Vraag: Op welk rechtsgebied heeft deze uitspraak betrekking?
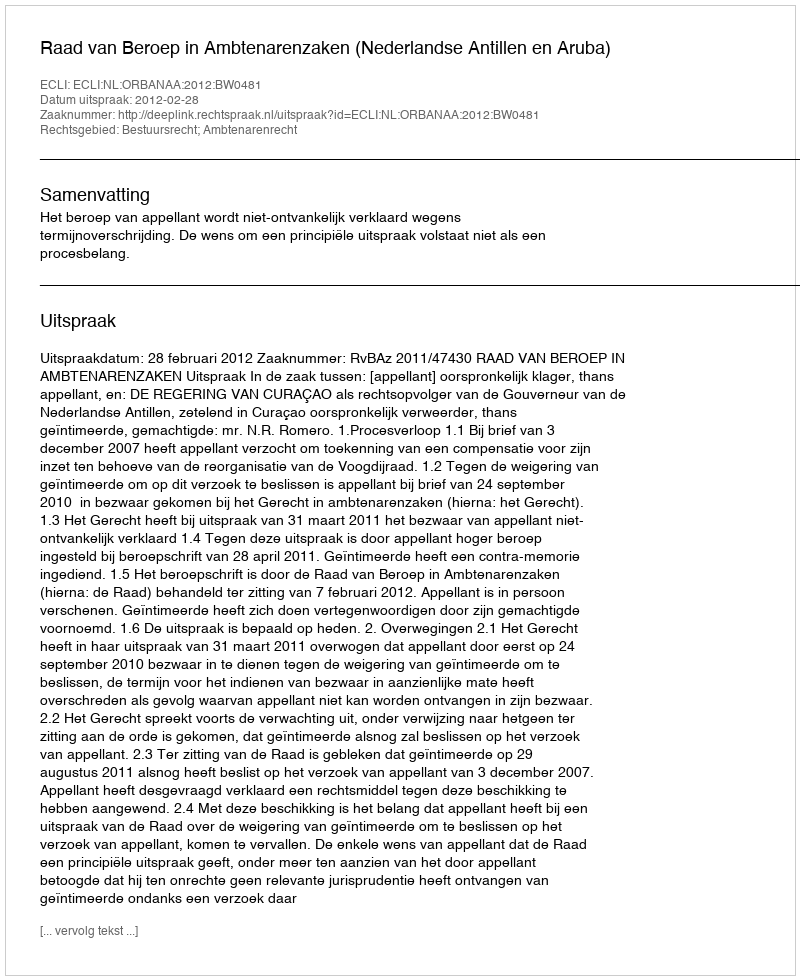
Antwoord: Bestuursrecht; Ambtenarenrecht